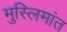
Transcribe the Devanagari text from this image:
मुस्लिमांत